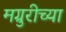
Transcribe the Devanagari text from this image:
मग्रुरीच्या